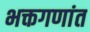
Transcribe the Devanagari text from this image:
भक्तगणांत